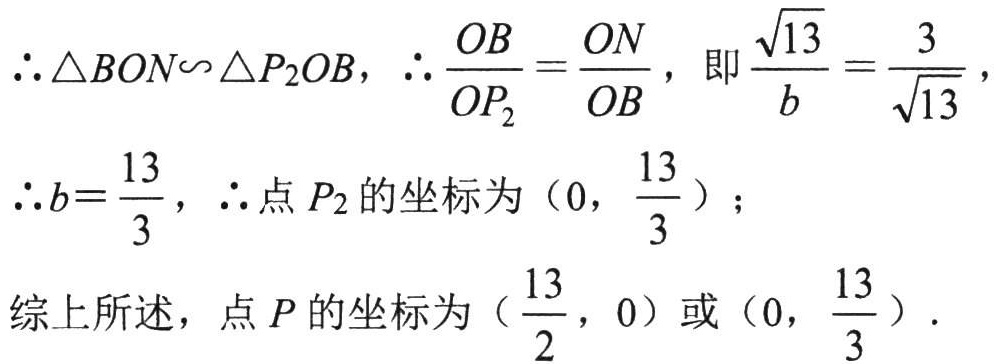
\(\therefore \triangle BON\backsim \triangle P_{2}OB,\ \therefore \frac{OB}{OP_{2}}=\frac{ON}{OB},\ 即\frac{\sqrt{13}}{b}=\frac{3}{\sqrt{13}},\\

\therefore b = \frac{13}{3},\ \therefore 点P_{2}的坐标为(0,\ \frac{13}{3});\\

综上所述，点P的坐标为(\frac{13}{2},\ 0)或(0,\ \frac{13}{3}).\)